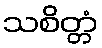
သစိတ္တံ